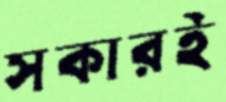
সকারই